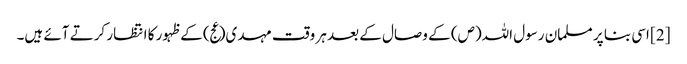
[2] اسی بنا پر مسلمان رسول اللہ(ص) کے وصال کے بعد ہر وقت مہدی(عج) کے ظہور کا انتظار کرتے آئے ہیں۔